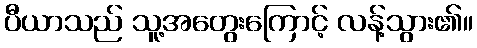
ပီယာသည် သူ့အတွေးကြောင့် လန့်သွား၏။